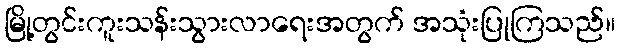
မြို့တွင်းကူးသန်းသွားလာရေးအတွက် အသုံးပြုကြသည်။